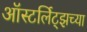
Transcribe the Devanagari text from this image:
ऑस्टर्लिट्झच्या